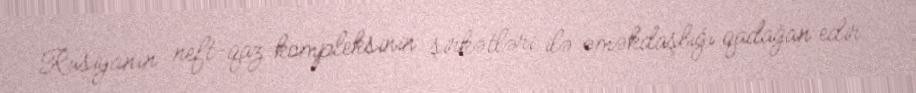
Rusiyanın neft-qaz kompleksinin şirkətləri ilə əməkdaşlığı qadağan edir.